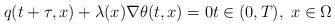
\begin{align*} q(t + \tau, x) + \lambda(x) \nabla \theta(t, x) = 0 t \in (0, T), \; x \in \Omega \end{align*}